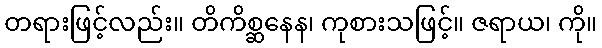
တရားဖြင့်လည်း။ တိကိစ္ဆနေန၊ ကုစားသဖြင့်။ ဇရာယ၊ ကို။